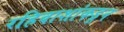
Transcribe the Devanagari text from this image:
रहिवाशांकडून